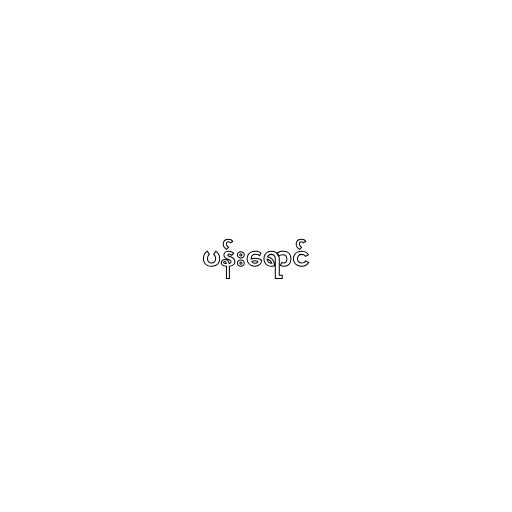
ပန်းရောင်